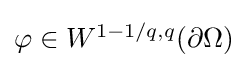
{\textstyle \varphi \in W^{1-1/q,q}(\partial \Omega )}